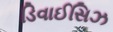
ડિવાઈસિઝ